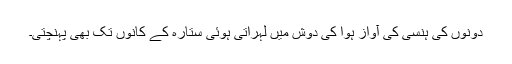
دونوں کی ہنسی کی آواز ہوا کی دوش میں لہراتی ہوئی ستارہ کے کانوں تک بھی پہنچتی۔